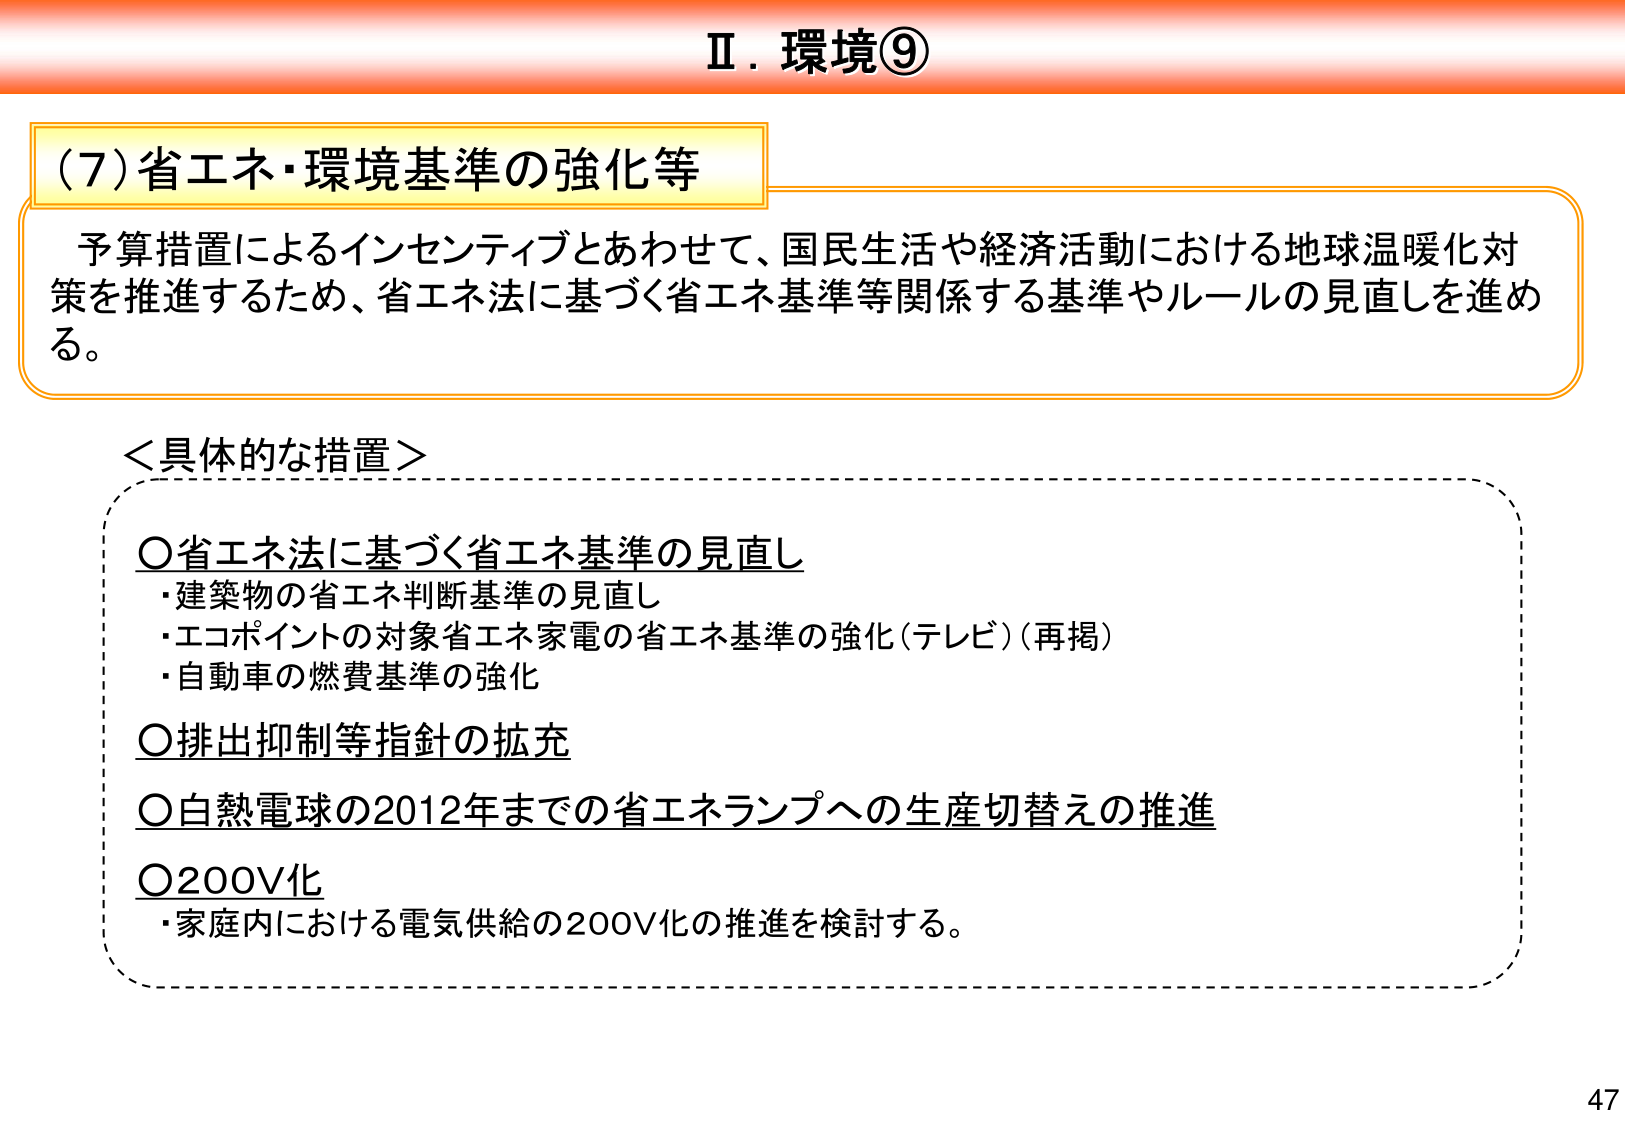
Ⅱ．環境⑨

（7）省エネ・環境基準の強化等

予算措置によるインセンティブとあわせて、国民生活や経済活動における地球温暖化対策を推進するため、省エネ法に基づく省エネ基準等関係する基準やルールの見直しを進める。

＜具体的な措置＞

○省エネ法に基づく省エネ基準の見直し
・建築物の省エネ判断基準の見直し
・エコポイントの対象省エネ家電の省エネ基準の強化（テレビ）（再掲）
・自動車の燃費基準の強化

○排出抑制等指針の拡充

○白熱電球の2012年までの省エネランプへの生産切替えの推進

○200V化
・家庭内における電気供給の200V化の推進を検討する。

47